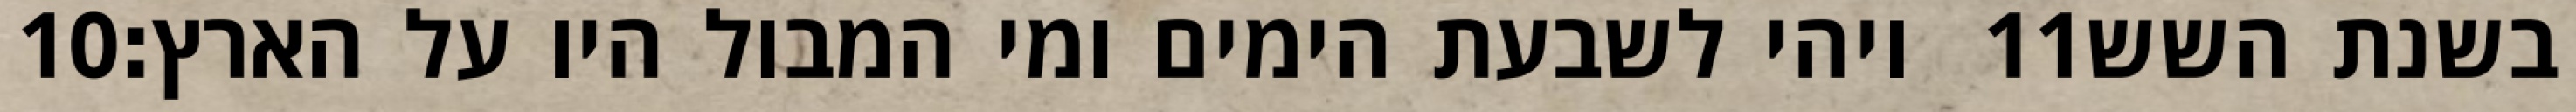
‎10‏ ויהי לשבעת הימים ומי המבול היו על הארץ׃ ‎11‏ בשנת השש